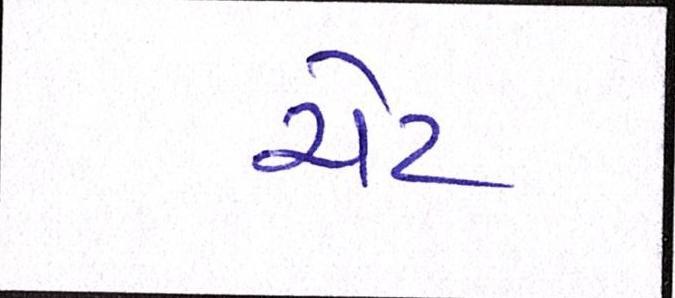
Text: ચેટ